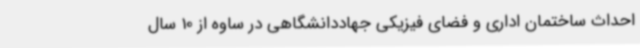
احداث ساختمان اداری و فضای فیزیکی جهاددانشگاهی در ساوه از 10 سال